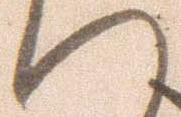
へ